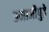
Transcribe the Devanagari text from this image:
उमाजीपुढे